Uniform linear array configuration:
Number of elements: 64
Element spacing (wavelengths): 0.5
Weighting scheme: blackman
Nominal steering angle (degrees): -60
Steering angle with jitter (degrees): -59.563
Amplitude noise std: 0.05
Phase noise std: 0.05

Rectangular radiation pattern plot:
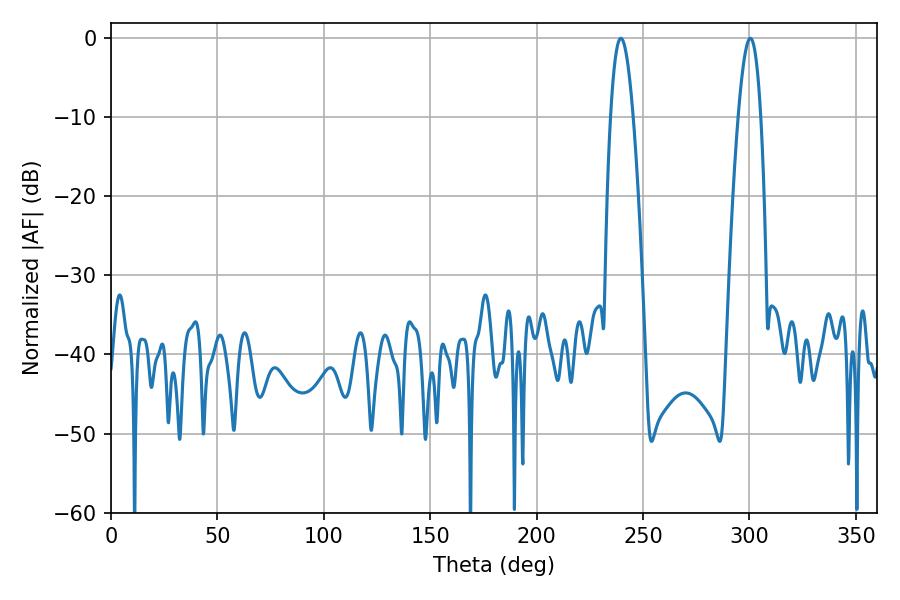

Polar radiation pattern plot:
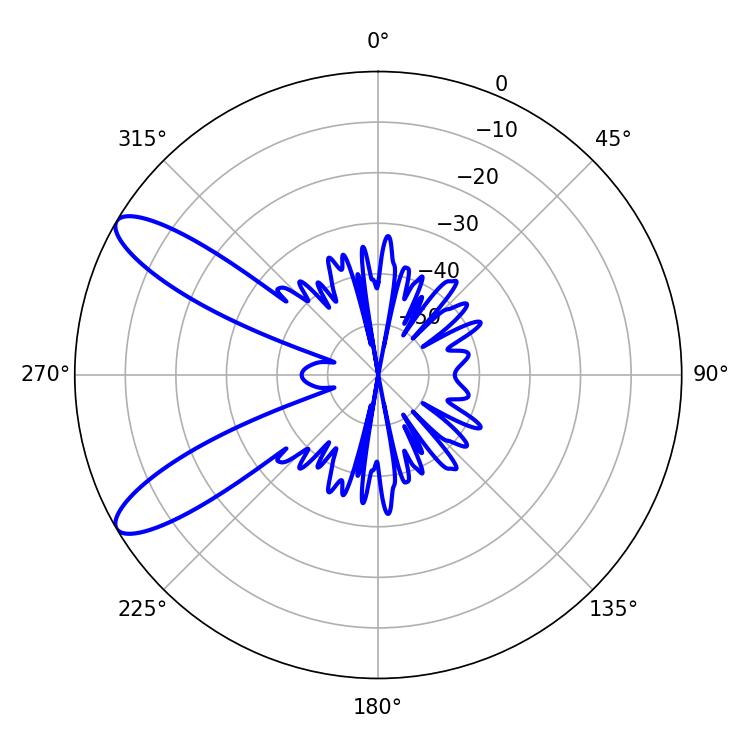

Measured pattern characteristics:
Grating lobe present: FALSE
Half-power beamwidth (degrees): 5.76
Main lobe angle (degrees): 300.42